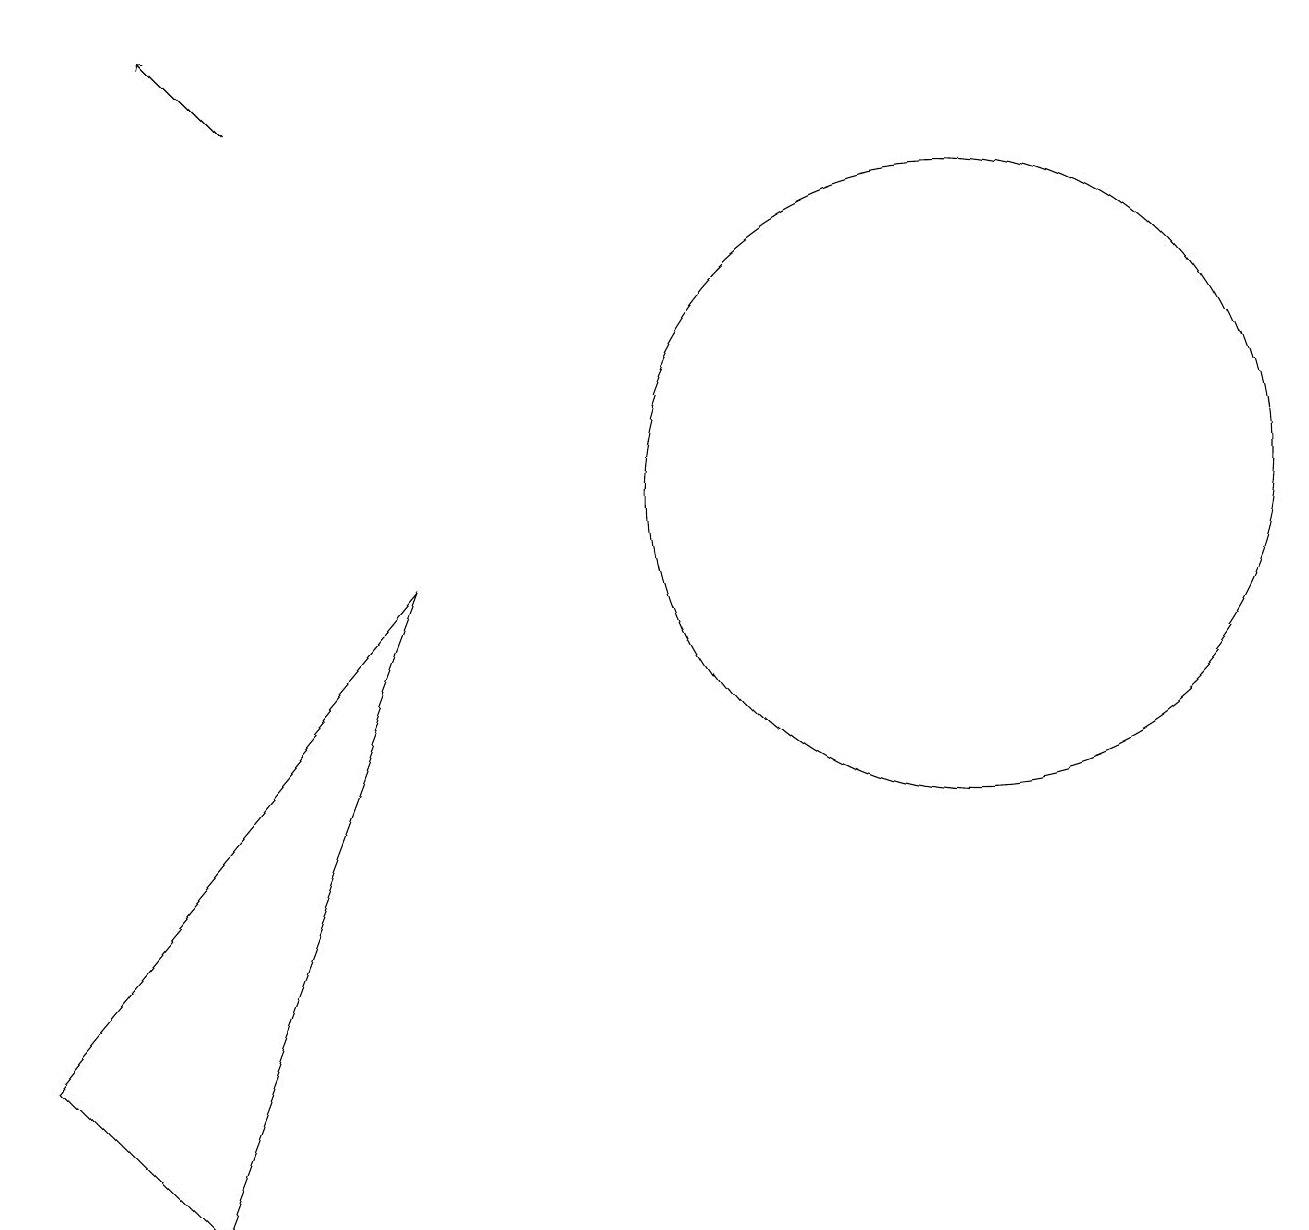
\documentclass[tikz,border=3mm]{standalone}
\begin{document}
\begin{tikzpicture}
\draw[->] (3,15) -- (2,16);
\draw (12,10) circle (4);
\draw (0,3) -- (2,1) -- (5,9) -- cycle;
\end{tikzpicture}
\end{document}